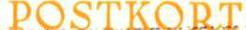
POSTKORT